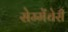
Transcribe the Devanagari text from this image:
सेम्मेंचेरी